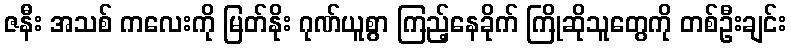
ဇနီး အသစ် ကလေးကို မြတ်နိုး ဂုဏ်ယူစွာ ကြည့်နေခိုက် ကြိုဆိုသူတွေကို တစ်ဦးချင်း